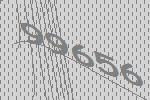
99656